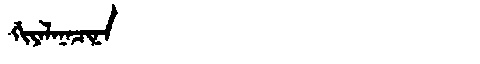
Manchu: ᡤᡳᠶᠠᠯᠠᠨᠠᠴᡳᠨᠠ
Romanization: GIYALANACINA